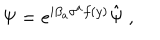
LaTeX: \Psi = e ^ { i \beta _ { a } \sigma ^ { a } f ( y ) } \hat { \Psi } \ ,